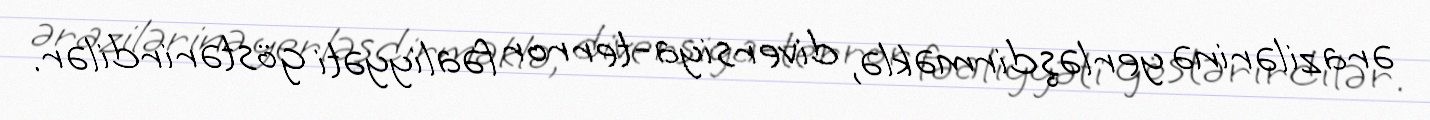
ərazilərinə yerləşdirməklə, diversiya-terror fəaliyyəti göstərirdilər.